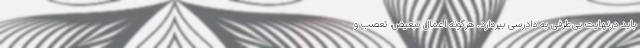
باید درنهایت بی‌طرفی به دادرسی بپردازد. هرگونه اعمال تبعیض، تعصب و